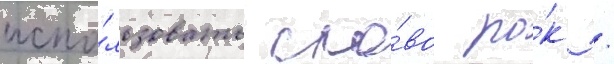
испо́льзовать сло́во ро́к /